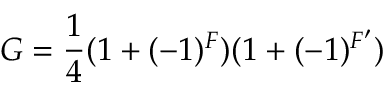
G = \frac { 1 } { 4 } ( 1 + ( - 1 ) ^ { F } ) ( 1 + ( - 1 ) ^ { F ^ { \prime } } )